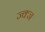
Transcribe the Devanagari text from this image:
ज्क्ज